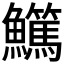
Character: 𩽖